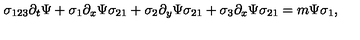
\sigma _ { 1 2 3 } \partial _ { t } \Psi + \sigma _ { 1 } \partial _ { x } \Psi \sigma _ { 2 1 } + \sigma _ { 2 } \partial _ { y } \Psi \sigma _ { 2 1 } + \sigma _ { 3 } \partial _ { x } \Psi \sigma _ { 2 1 } = m \Psi \sigma _ { 1 } ,